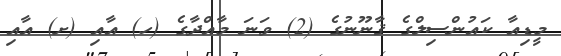
މީޑިއާ ކައުންސިލްގެ ޤާނޫނުގެ (2) ވަނަ މާއްދާގެ (ހ) އާއި (ށ) އާއި